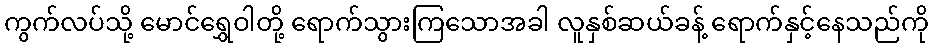
ကွက်လပ်သို့ မောင်ရွှေဝါတို့ ရောက်သွားကြသောအခါ လူနှစ်ဆယ်ခန့် ရောက်နှင့်နေသည်ကို